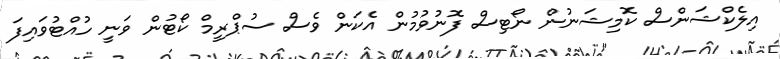
އިލެކްޝަންސް ކޮމިޝަނުން ނޯޓިސް ފޮނުވުމުން އެކަން ވެސް ސުޕްރީމް ކޯޓުން ވަނީ ހުއްޓުވައިފަ